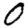
Digit: 0